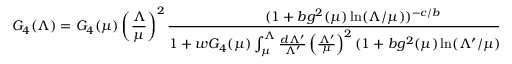
G _ { 4 } ( \Lambda ) = G _ { 4 } ( \mu ) \left( \frac { \Lambda } { \mu } \right) ^ { 2 } \frac { ( 1 + b g ^ { 2 } ( \mu ) \ln ( \Lambda / \mu ) ) ^ { - c / b } } { 1 + w G _ { 4 } ( \mu ) \int _ { \mu } ^ { \Lambda } \frac { d \Lambda ^ { \prime } } { \Lambda ^ { \prime } } \left( \frac { \Lambda ^ { \prime } } { \mu } \right) ^ { 2 } ( 1 + b g ^ { 2 } ( \mu ) \ln ( \Lambda ^ { \prime } / \mu ) ) ^ { - c / b } } ,